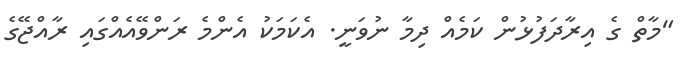
"މާތް ގެ އިރާދަފުޅުން ކަމެއް ދިމާ ނުވަނީ. އެކަމަކު އެންމެ ރަންވޭއެއްގައި ރާއްޖޭގެ